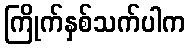
ကြိုက်နှစ်သက်ပါက